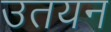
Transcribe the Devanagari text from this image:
उतयन